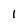
Character: I